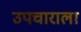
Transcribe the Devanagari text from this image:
उपचाराला